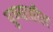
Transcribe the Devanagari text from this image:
पु्ण्यातील